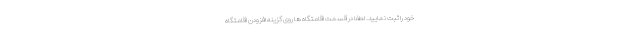
خود را ثبت نمایید. لطفا در قسمت اقامتگاه ها روی گزینه افزودن اقامتگاه